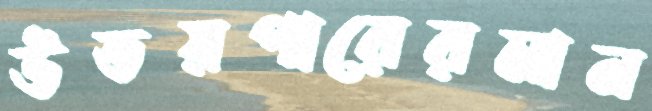
উভয়পারেরমান